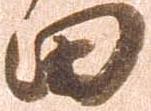
田